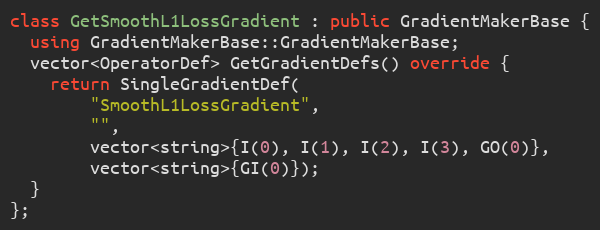
Language: C++
class GetSmoothL1LossGradient : public GradientMakerBase {
  using GradientMakerBase::GradientMakerBase;
  vector<OperatorDef> GetGradientDefs() override {
    return SingleGradientDef(
        "SmoothL1LossGradient",
        "",
        vector<string>{I(0), I(1), I(2), I(3), GO(0)},
        vector<string>{GI(0)});
  }
};